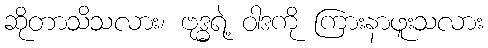
ဆိုတာသိသလား၊ ဗုဒ္ဓရဲ့ ဝါဒကို ကြားနာဖူးသလား